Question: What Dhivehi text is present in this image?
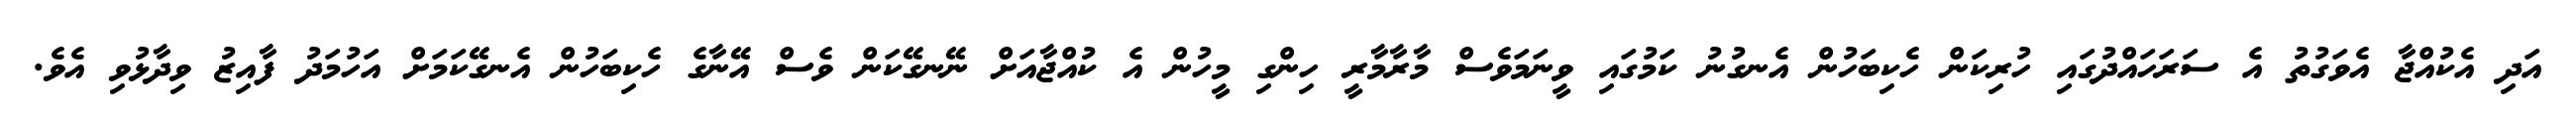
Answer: އަދި އެކުއްޖާ އެވަގުތު އެ ސަރަހައްދުގައި ހުރިކަން ހެކިބަހުން އެނގުނު ކަމުގައި ވީނަމަވެސް މާރާމާރީ ހިންގި މީހުން އެ ކުއްޖާއަށް ނޭނގޭކަން ވެސް އޭނާގެ ހެކިބަހުން އެނގޭކަމަށް އަހުމަދު ފާއިޒު ވިދާޅުވި އެވެ.